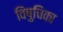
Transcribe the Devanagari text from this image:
विषुचिका